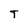
Character: T